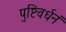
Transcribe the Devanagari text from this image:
पुष्टिवर्धनं